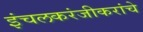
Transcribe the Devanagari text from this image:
इंचलकरंजीकरांचे